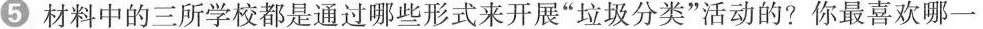
5材料中的三所学校都是通过哪些形式来开展”垃圾分类”活动的?你最喜欢哪一